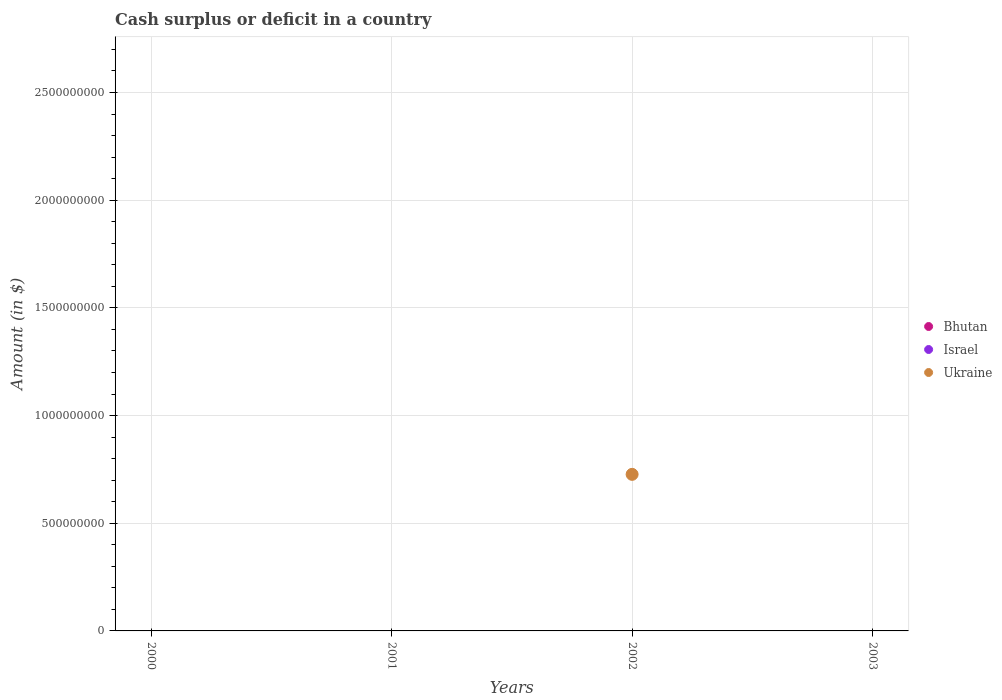
| Years | Bhutan | Israel | Ukraine |
 | --- | --- | --- | --- |
 | 2000 | -4.75e+08 | -1.82e+10 | -1.01e+09 |
 | 2001 | -2.03e+09 | -3.05e+10 | -1.62e+09 |
 | 2002 | -9.54e+08 | -3.86e+10 | 7.27e+08 |
 | 2003 | -2.85e+09 | -3.99e+10 | -5.05e+08 |